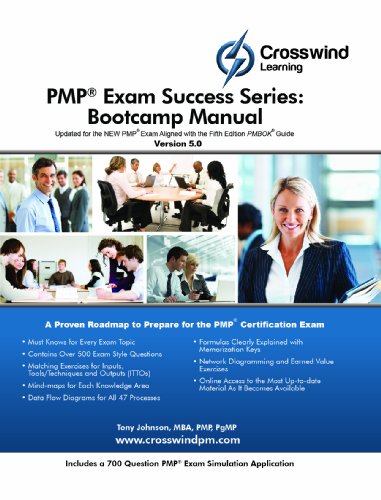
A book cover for PMP Exam Success Series: Bootcamp Manual (with Exam Sim App); MBA, CAPM, Project +, CSM, CCBA, PMI-SP, PMI-RMP, PMI-ACP, PMP, PgMP Tony Johnson; Test Preparation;